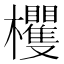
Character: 欔